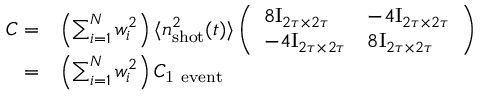
\begin{array} { r l } { C = } & { \left( \sum _ { i = 1 } ^ { N } w _ { i } ^ { 2 } \right) \langle n _ { \mathrm { s h o t } } ^ { 2 } ( t ) \rangle \left( \begin{array} { l l } { 8 \mathrm { I } _ { 2 \tau \times 2 \tau } } & { - 4 \mathrm { I } _ { 2 \tau \times 2 \tau } } \\ { - 4 \mathrm { I } _ { 2 \tau \times 2 \tau } } & { 8 \mathrm { I } _ { 2 \tau \times 2 \tau } } \end{array} \right) } \\ { = } & { \left( \sum _ { i = 1 } ^ { N } w _ { i } ^ { 2 } \right) C _ { \mathrm { 1 ~ e v e n t } } } \end{array}